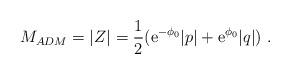
LaTeX: \begin{align*}M_{ADM} =|Z| = {1\over 2} ({\mbox{e}}^{-\phi_0} |p| + {\mbox{e}}^{\phi_0} |q|) \ .\end{align*}